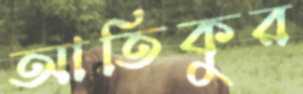
আতিকুর